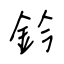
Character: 鈐